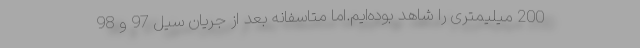
200 میلیمتری را شاهد بوده‌ایم.اما متاسفانه بعد از جریان سیل 97 و 98